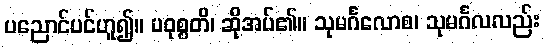
ပညောင်ပင်ဟူ၍။ ပဝုစ္စတိ၊ ဆိုအပ်၏။ သုမင်္ဂလောစ၊ သုမင်္ဂလလည်း